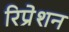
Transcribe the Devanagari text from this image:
रिप्रेशन